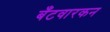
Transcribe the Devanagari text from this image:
बँटवारकन